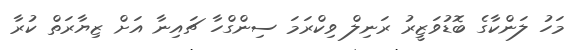
މަހު ލަންކާގެ ބޮޑުވަޒީރު ރަނިލް ވިކްރަމަ ސިންގްހާ ޗައިނާ އަށް ޒިޔާރަތް ކުރާ